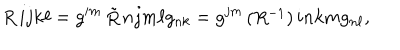
LaTeX: \begin{matrix} { { R } } \\ \end{matrix} { i j } { k \ell } = g ^ { i m } \begin{matrix} { { \tilde { R } } } \\ \end{matrix} { n j } { m \ell } g _ { n k } = g ^ { j m } \begin{matrix} { { ( R ^ { - 1 } ) } } \\ \end{matrix} { i n } { k m } g _ { n \ell } ,